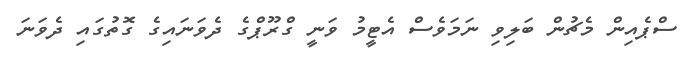
ސްޕެއިން މެޗުން ބަލިވި ނަމަވެސް އެޓީމު ވަނީ ގްރޫޕްގެ ދެވަނައިގެ ގޮތުގައި ދެވަނަ